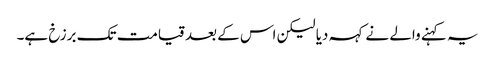
یہ کہنے والے نے کہہ دیا لیکن اس کے بعد قیامت تک برزخ ہے۔